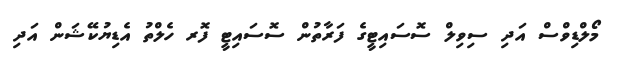
މޯލްޑިވްސް އަދި ސިވިލް ސޮސައިޓީގެ ފަރާތުން ސޮސައިޓީ ފޮރ ހެލްތު އެޑިޔުކޭޝަން އަދި